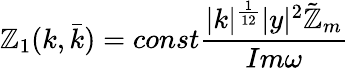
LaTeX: \mathbb{Z}_{1}(k,\bar{{k}})=const\frac{{|k|^{\frac{{1}}{{12}}}|y|^{2}\tilde{{\mathbb{Z}}}_{m}}}{{Im\omega}}